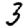
Digit: 3